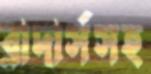
ব্রাদার্সসহ